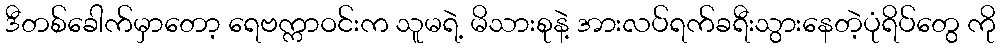
ဒီတစ်ခေါက်မှာတော့ ရေဗက္ကာဝင်းက သူမရဲ့ မိသားစုနဲ့ အားလပ်ရက်ခရီးသွားနေတဲ့ပုံရိပ်တွေ ကို